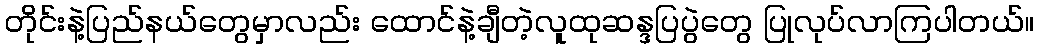
တိုင်းနဲ့ပြည်နယ်တွေမှာလည်း ထောင်နဲ့ချီတဲ့လူထုဆန္ဒပြပွဲတွေ ပြုလုပ်လာကြပါတယ်။